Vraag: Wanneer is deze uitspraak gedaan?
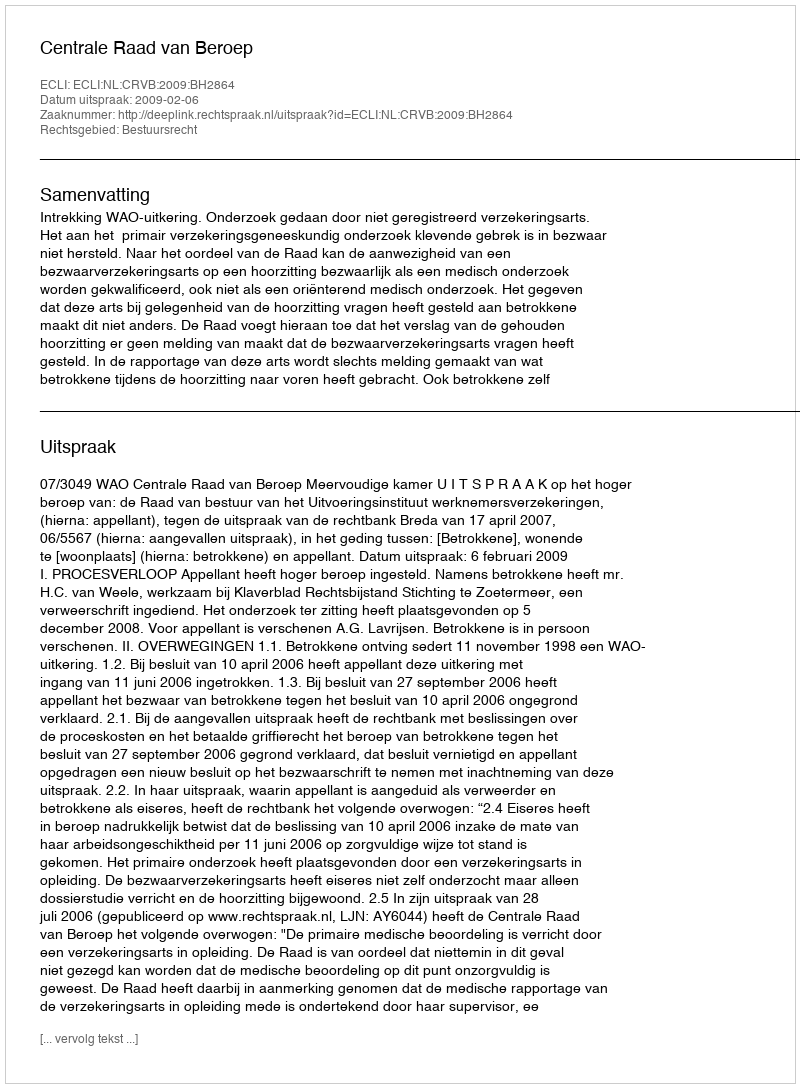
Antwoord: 2009-02-06